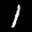
Label: 1